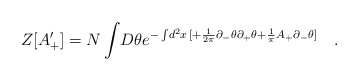
\begin{align*}Z[A_{+}^{\prime} ] = N \int \! D \theta e^{-\int \! d^2 x \,[ +\frac{1}{2 \pi} \partial_{-} \theta \partial_{+} \theta +\frac{1}{\pi} A_{+} \partial_{-}\theta ] } \quad.\end{align*}